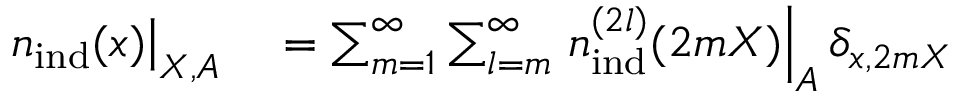
\begin{array} { r l } { \left. { n } _ { \mathrm { i n d } } ( \boldsymbol { x } ) \right| _ { \boldsymbol { X } , A } } & { { } = \sum _ { m = 1 } ^ { \infty } \sum _ { l = m } ^ { \infty } \left. { n } _ { \mathrm { i n d } } ^ { ( 2 l ) } ( 2 m \boldsymbol { X } ) \right| _ { A } \delta _ { \boldsymbol { x } , 2 m \boldsymbol { X } } } \end{array}